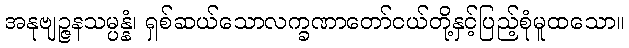
အနုဗျဉ္ဇနသမ္ပန္နံ၊ ရှစ်ဆယ်သောလက္ခဏာတော်ငယ်တို့နှင့်ပြည့်စုံမူထသော။